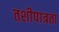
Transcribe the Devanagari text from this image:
तशीपात्रता